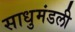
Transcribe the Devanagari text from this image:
साधुमंडली